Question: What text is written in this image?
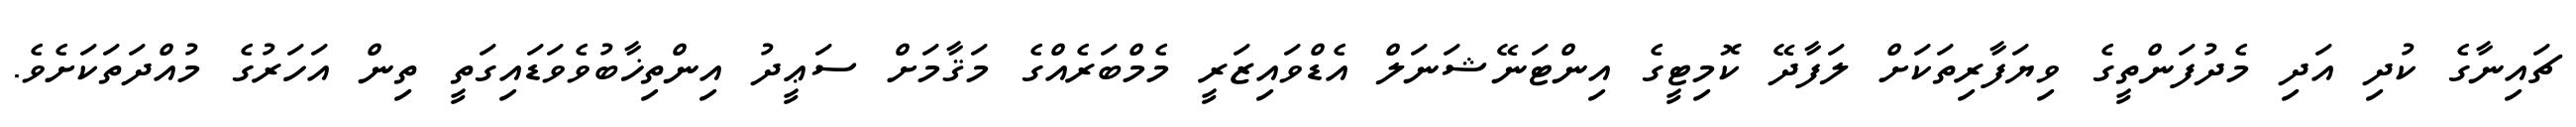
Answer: ޗައިނާގެ ކުދި އަދި މެދުފަންތީގެ ވިޔަފާރިތަކަށް ލަފާދޭ ކޮމިޓީގެ އިންޓަނޭޝަނަލް އެޑްވައިޒަރީ މެމްބަރެއްގެ މަޤާމަށް ސަޢީދު އިންތިޚާބުވެވަޑައިގަތީ ތިން އަހަރުގެ މުއްދަތަކަށެވެ.